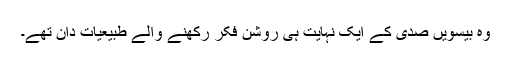
وہ بیسویں صدی کے ایک نہایت ہی روشن فکر رکھنے والے طبیعیات دان تھے۔